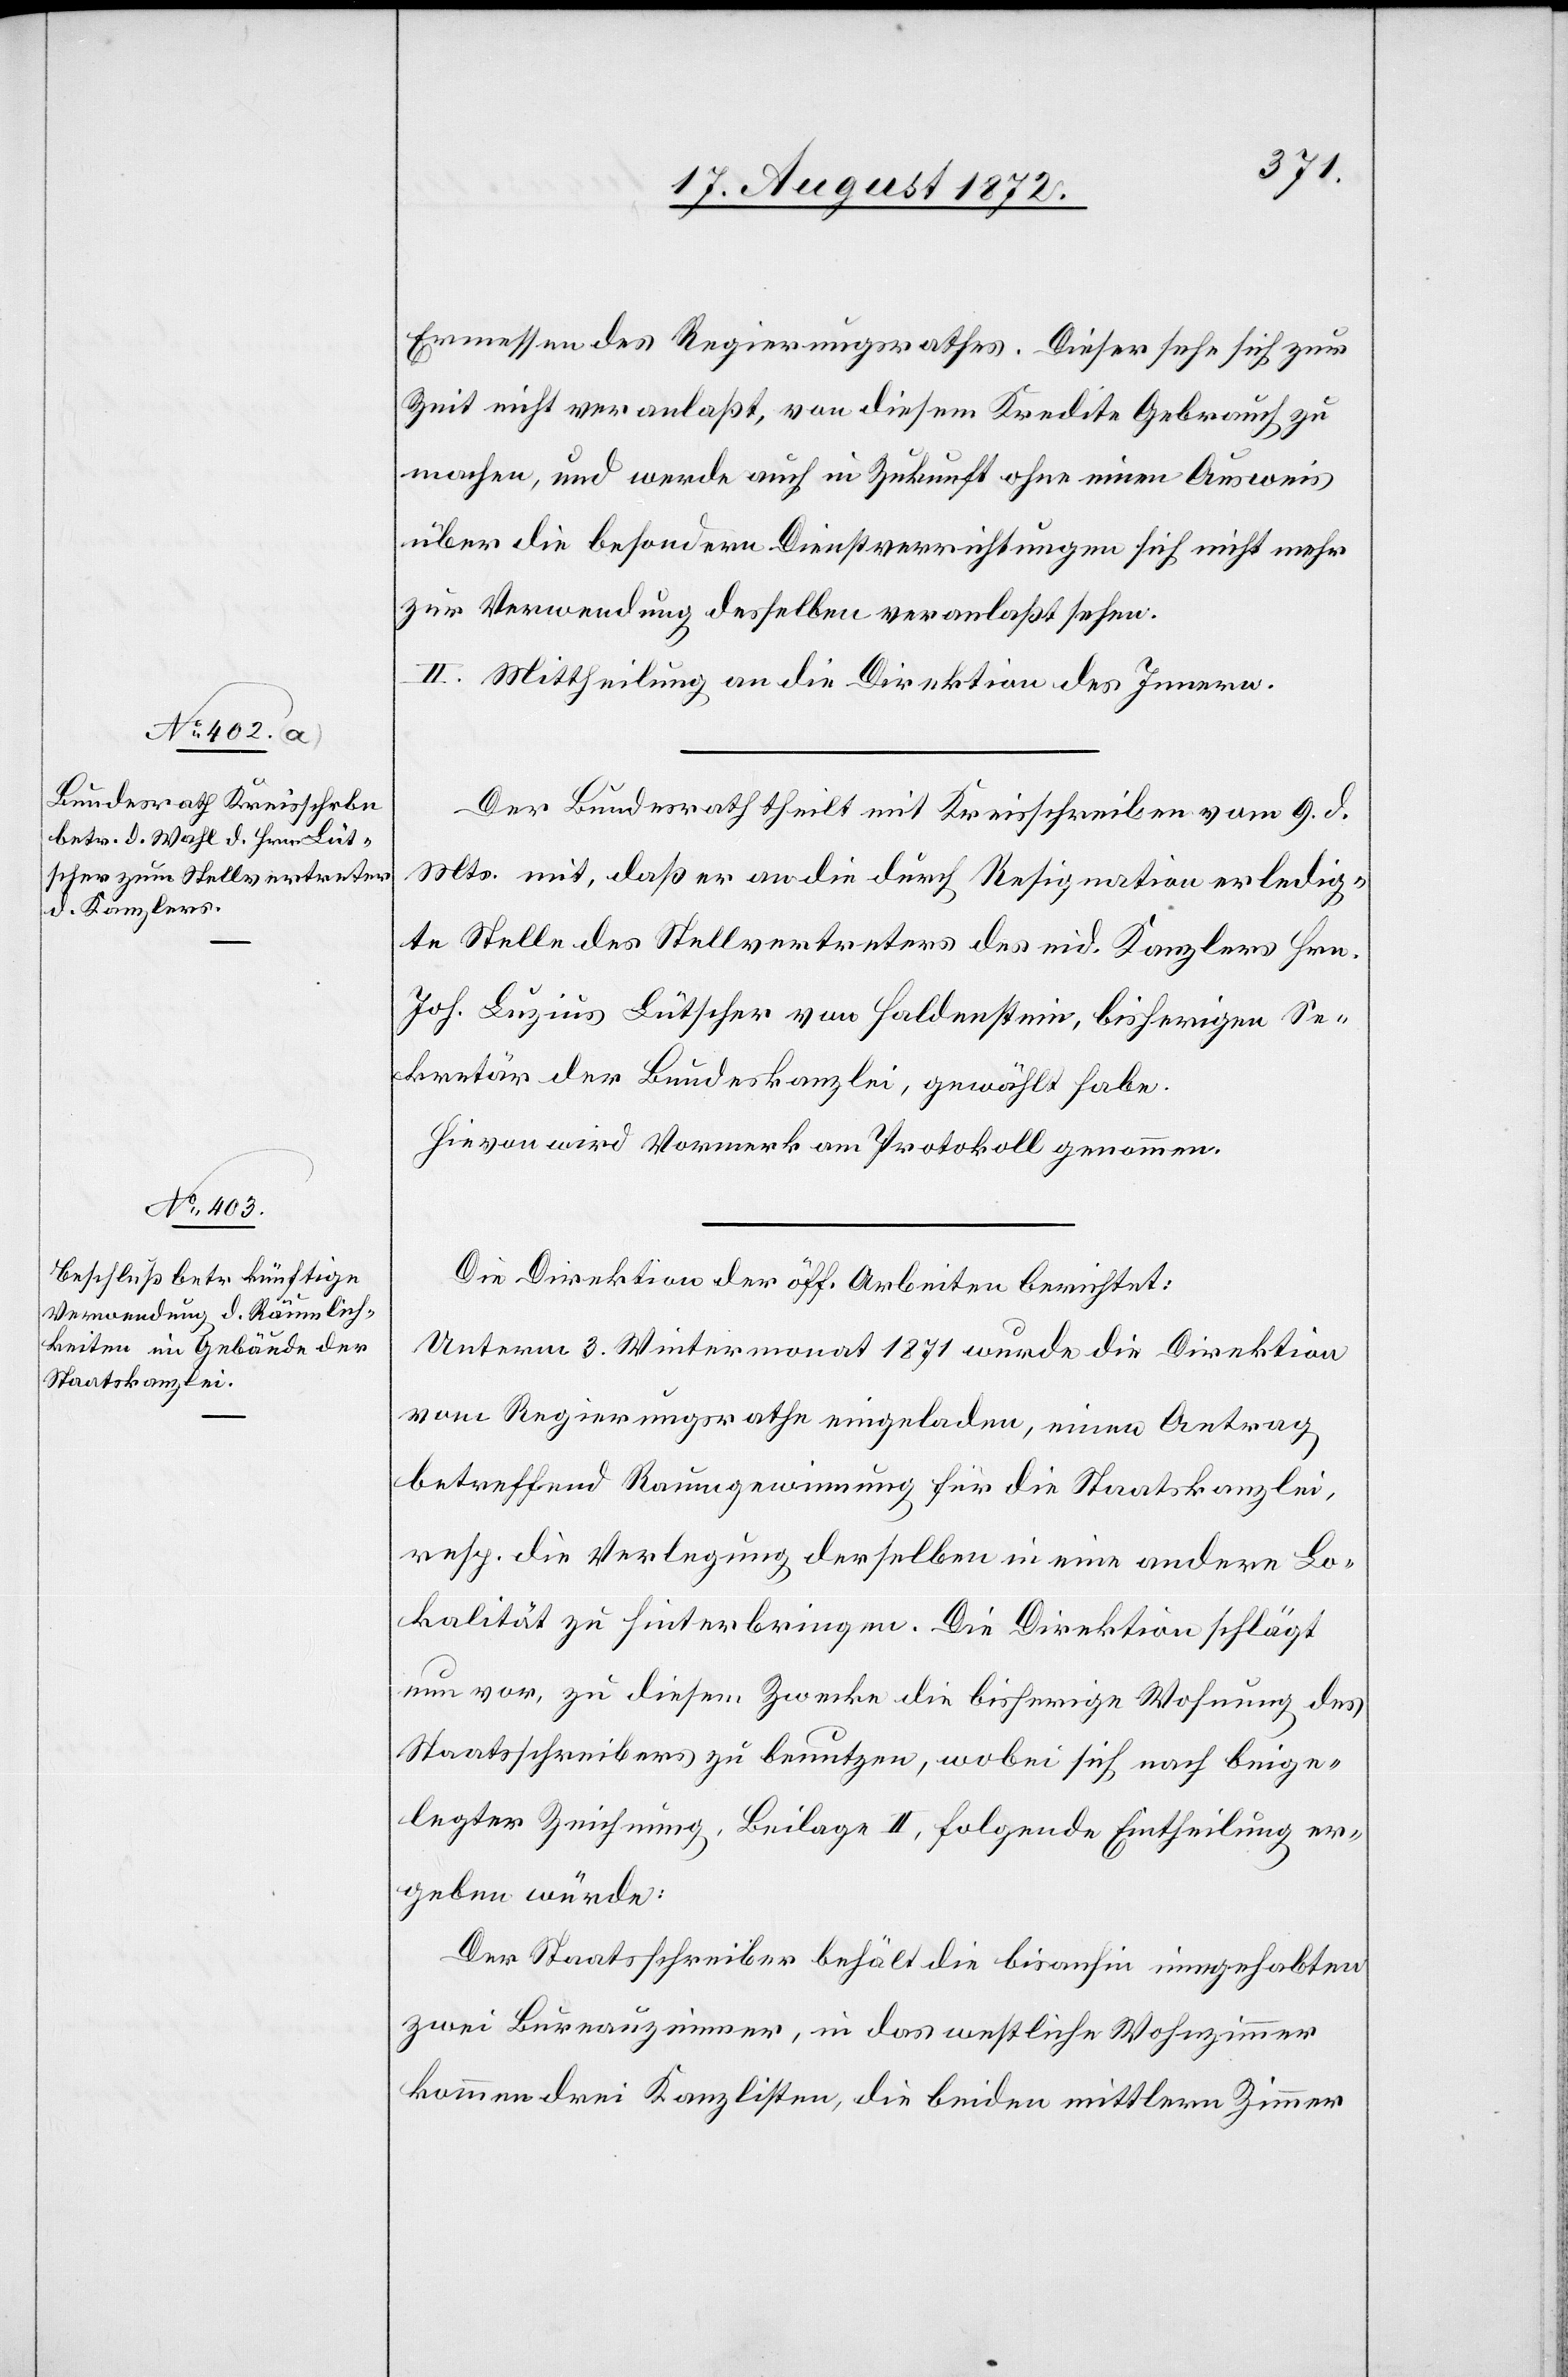
Ermessen des Regierungsrathes. Dieser sehe sich zur
Zeit nicht veranlaßt, von diesem Kredite Gebrauch zu
machen, und werde auch in Zukunft ohne einen Ausweis
über die besondern Dienstverrichtungen sich nicht mehr
zur Verwendung dasselben veranlaßt sehen.
II. Mittheilung an die Direktion des Innern.
Der Bundesrath theilt mit Kreisschreiben vom 9. d.
Mts. mit, daß er an die durch Resignation erledig¬
te Stelle des Stellvertreters des eid. Kanzlers Hrn.
Joh. Luzius Lütscher von Haldenstein, bisherigen Se¬
kretär der Bundeskanzlei, gewählt habe.
Hievon wird Vormerk am Protokoll genommen.
Die Direktion der öff. Arbeiten berichtet:
Unterm 3. Wintermonat 1871 wurde die Direktion
vom Regierungsrathe eingeladen, einen Antrag
betreffend Raumgewinnung für die Staatskanzlei,
resp. die Verlegung derselben in eine andere Lo¬
kalität zu hinterbringen. Die Direktion schlägt
nun vor, zu diesem Zwecke die bisherige Wohnung des
Staatsschreibers zu benutzen, wobei sich nach beige¬
legter Zeichnung, Beilage II, folgende Eintheilung er¬
geben würde:
Der Staatsschreiber behält die bisanhin innegehabten
zwei Bureauzimmer, in das westliche Wohnzimmer
kommen drei Kanzlisten, die beiden mittlern Zimmer